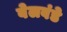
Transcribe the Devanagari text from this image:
बेलवंडे